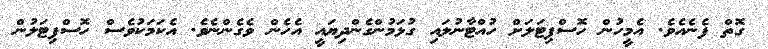
ގޮތް ފެނެއެވެ. އެމީހުން ހޮސްޕިޓަލަށް ހުއްޓާނުލައި ގުޅަމުންގެންދިޔައީ އެހެން ވެގެންނެވެ. އެކަމަކުވެސް ހޮސްޕިޓަލުން